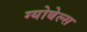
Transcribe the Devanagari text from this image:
ग्योबेल्स